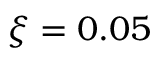
\xi = 0 . 0 5